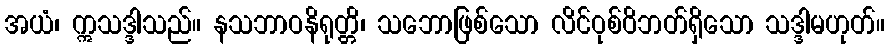
အယံ၊ ဣသဒ္ဒါသည်။ နသဘာဝနိရုတ္တိ၊ သဘောဖြစ်သော လိင်ဝုစ်ဝိဘတ်ရှိသော သဒ္ဒါမဟုတ်။